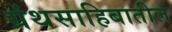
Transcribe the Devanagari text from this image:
ग्रंथसाहिबातील